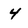
Character: 4